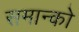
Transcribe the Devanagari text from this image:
समान्को